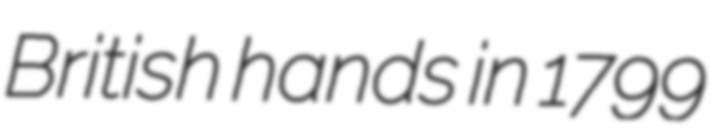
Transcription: British hands in 1799